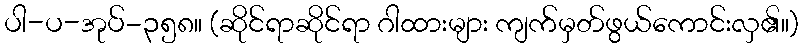
ပါ-ပ-အုပ်-၃၅၈။ (ဆိုင်ရာဆိုင်ရာ ဂါထားများ ကျက်မှတ်ဖွယ်ကောင်းလှ၏။)